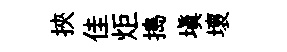
挾佳炬搗塡壞